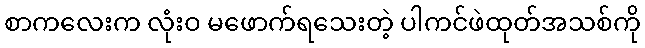
စာကလေးက လုံးဝ မဖောက်ရသေးတဲ့ ပါကင်ဖဲထုတ်အသစ်ကို